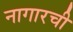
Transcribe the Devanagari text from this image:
नागारची